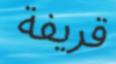
قريفة